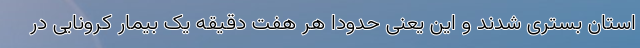
استان بستری شدند و این یعنی حدودا هر هفت دقیقه یک بیمار کرونایی در